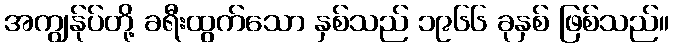
အကျွန်ုပ်တို့ ခရီးထွက်သော နှစ်သည် ၁၉၆၆ ခုနှစ် ဖြစ်သည်။